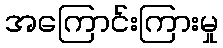
အကြောင်းကြားမှု